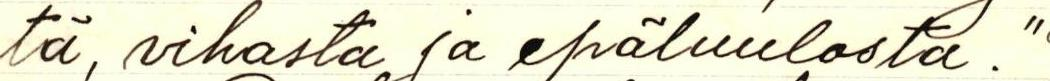
tä, vihasta ja epäluulosta."